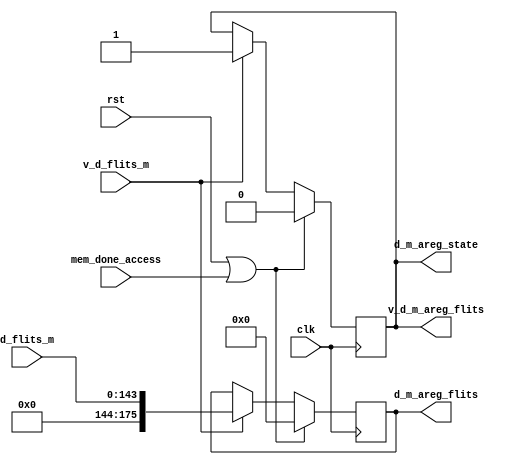
module    d_m_areg(//input
                   clk,
                   rst,
                   d_flits_m,
                   v_d_flits_m,
                    mem_done_access,
                   //output
                   d_m_areg_flits,
                   v_d_m_areg_flits,
                   d_m_areg_state
                   );
//input
input                   clk;
input                   rst;
input    [143:0]        d_flits_m;
input                   v_d_flits_m;
input                   mem_done_access;
                   //output
output   [175:0]         d_m_areg_flits;
output                   v_d_m_areg_flits;
output                   d_m_areg_state;


reg      d_m_cstate;
reg      [175:0]   flits_reg;

assign   v_d_m_areg_flits=d_m_cstate;
assign   d_m_areg_state=d_m_cstate;// when m_d_cstate is 1, it means this module is busy and
                                   // can't receive other flits. oterwise,able to receiving flits

always@(posedge clk)
begin
  if(rst||mem_done_access)
    flits_reg<=175'h0000;
else if(v_d_flits_m)
    flits_reg<=d_flits_m;
end

always@(posedge clk)
begin
  if(rst||mem_done_access)
    d_m_cstate<=1'b0;
  else if(v_d_flits_m)
    d_m_cstate<=1'b1;
end

assign d_m_areg_flits=flits_reg;
endmodule